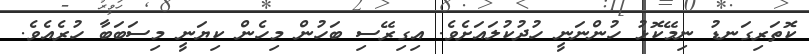
ކޮތަރިގަނޑު ނިމޭކޮޅު ހުންނަނީ ހުދުކުލައަށެވެ. އިގިރޭސި ބަހުން މިހެން ކިޔަނީ މިސަބަބާ ހުރެއެވެ.